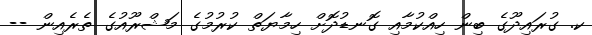
ކ. ގުރައިދޫގެ ބިން ހިއްކުމާއި ގޮނޑުދޮށް ހިމާޔަތް ކުރުމުގެ މަޝްރޫއުގެ ތެރެއިން --